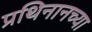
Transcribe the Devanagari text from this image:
प्रथिनानच्या